Indian journal of veterinary science and animal husbandry - Volume 11,
Year: 1941
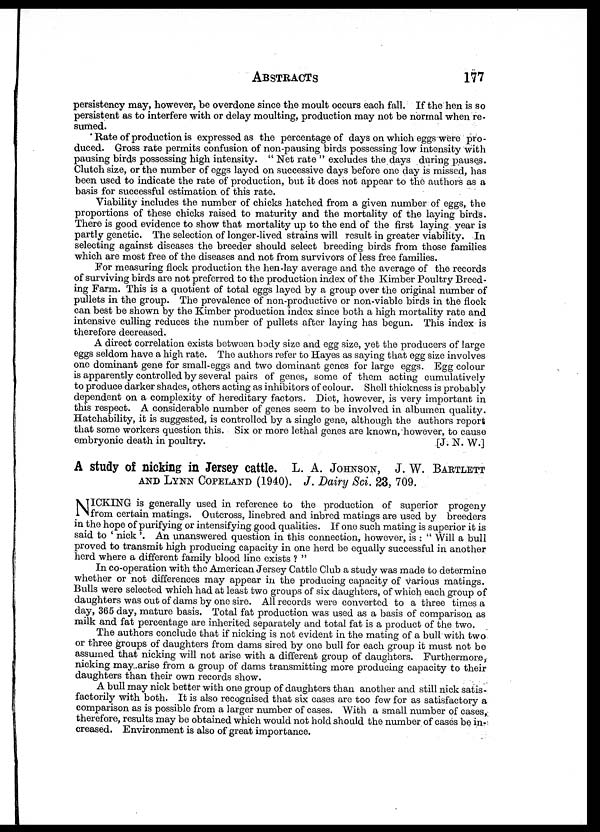
ABSTRACTS 177
persistency may, however, be overdone since the moult occurs each fall. If the hen is so
persistent as to interfere with or delay moulting, production may not be normal when re-
sumed.
Rate of production is expressed as the percentage of days on which eggs were pro-
duced. Gross rate permits confusion of non-pausing birds possessing low intensity with
pausing birds possessing high intensity. " Net rate " excludes the days during pauses.
Clutch size, or the number of eggs layed on successive days before one day is missed, has
been used to indicate the rate of production, but it does not appear to the authors as a
basis for successful estimation of this rate.
Viability includes the number of chicks hatched from a given number of eggs, the
proportions of these chicks raised to maturity and the mortality of the laying birds.
There is good evidence to show that mortality up to the end of the first laying year is
partly genetic. The selection of longer-lived strains will result in greater viability. In
selecting against diseases the breeder should select breeding birds from those families
which are most free of the diseases and not from survivors of less free families.
For measuring flock production the hen-lay average and the average of the records
of surviving birds are not preferred to the production index of the Kimber Poultry Breed-
ing Farm. This is a quotient of total eggs layed by a group over the original number of
pullets in the group. The prevalence of non-productive or non-viable birds in the flock
can best be shown by the Kimber production index since both a high mortality rate and
intensive culling reduces the number of pullets after laying has begun. This index is
therefore decreased.
A direct correlation exists between body size and egg size, yet the producers of large
eggs seldom have a high rate. The authors refer to Hayes as saying that egg size involves
one dominant gene for small-eggs and two dominant genes for large eggs. Egg colour
is apparently controlled by several pairs of genes, some of them acting cumulatively
to produce darker shades, others acting as inhibitors of colour. Shell thickness is probably
dependent on a complexity of hereditary factors. Diet, however, is very important in
this respect. A considerable number of genes seem to be involved in albumen quality.
Hatehability, it is suggested, is controlled by a single gene, although the authors report
that some workers question this. Six or more lethal genes are known, however, to cause
embryonic death in poultry.
[J. N. W.]
A study of nicking in Jersey cattle. L. A. JOHNSON, J. W. BARTLETT
AND LYNN COPELAND (1940). J. Dairy Sci. 23, 709.
N ICKING is generally used in reference to the production of superior progeny
from certain matings. Outcross, linebred and inbred matings are used by breeders
in the hope of purifying or intensifying good qualities. If one such mating is superior it is
said to ' nick '. An unanswered question in this connection, however, is : " Will a bull
proved to transmit high producing capacity in one herd be equally successful in another
herd where a different family blood line exists ? "
In co-operation with the American Jersey Cattle Club a study was made to determine
whether or not differences may appear in the producing capacity of various matings.
Bulls were selected which had at least two groups of six daughters, of which each group of
daughters was out of dams by one sire. All records were converted to a three times a
day, 365 day, mature basis. Total fat production was used as a basis of comparison as
milk and fat percentage are inherited separately and total fat is a product of the two.
The authors conclude that if nicking is not evident in the mating of a bull with two
or three groups of daughters from dams sired by one bull for each group it must not be
assumed that nicking will not arise with a different group of daughters. Furthermore,
nicking may arise from a group of dams transmitting more producing capacity to their
daughters than their own records show.
A bull may nick better with one group of daughters than another and still nick satis-
factorily with both. It is also recognised that six cases are too few for as satisfactory a
comparison as is possible from a larger number of cases. With a small number of cases,
therefore, results may be obtained which would not hold should the number of cases be in-
creased. Environment is also of great importance.